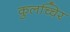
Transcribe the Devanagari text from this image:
कुलच्चिर